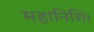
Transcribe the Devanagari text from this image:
महानिशि।